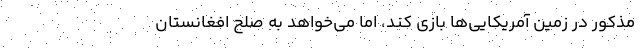
مذکور در زمین آمریکایی‌ها بازی کند، اما می‌خواهد به صلح افغانستان